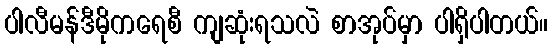
ပါလီမန်ဒီမိုကရေစီ ကျဆုံးရသလဲ စာအုပ်မှာ ပါရှိပါတယ်။